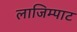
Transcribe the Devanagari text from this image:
लाजिम्पाट